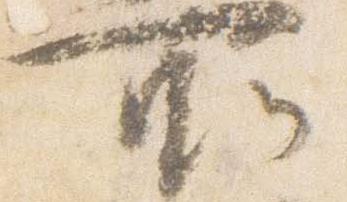
所